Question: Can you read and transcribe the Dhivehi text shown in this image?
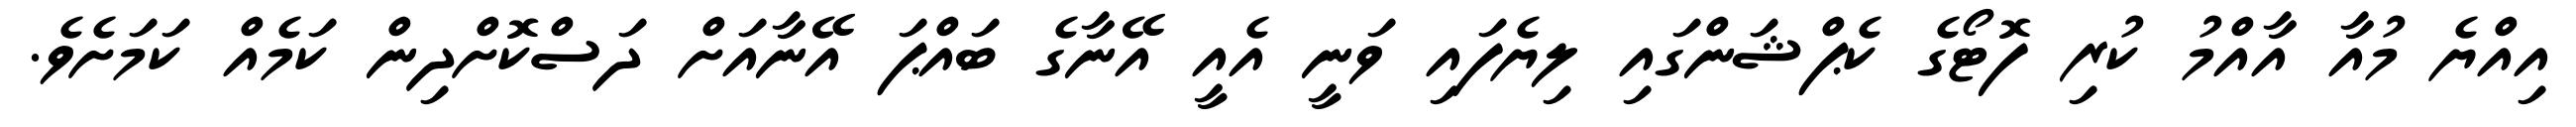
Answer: އިއްޔެ މުއާ އާއްމު ކުރި ފޮޓޯގެ ކެޕްޝަންގައި ލިޔެފައި ވަނީ އެއީ އޭނާގެ ބައްޕަ އޭނާއަށް ދަސްކޮށްދިން ކަމެއް ކަމަށެވެ.